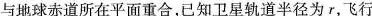
与地球赤道所在平面重合，已知卫星轨道半径为r,飞行